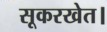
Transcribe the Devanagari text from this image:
सूकरखेत।